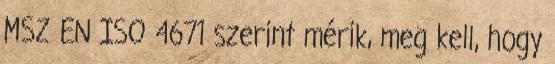
MSZ EN ISO 4671 szerint mérik, meg kell, hogy